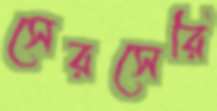
সেরসেরি